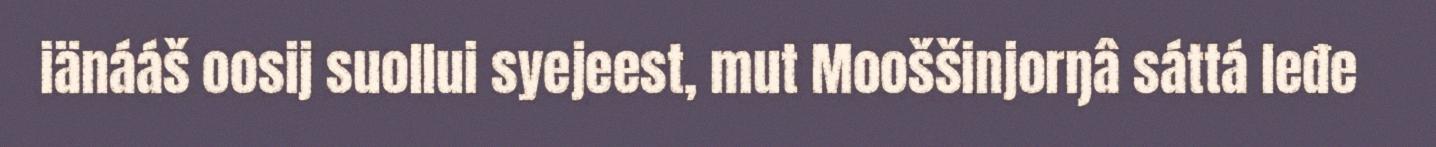
iänááš oosij suollui syejeest, mut Mooššinjorŋâ sáttá leđe